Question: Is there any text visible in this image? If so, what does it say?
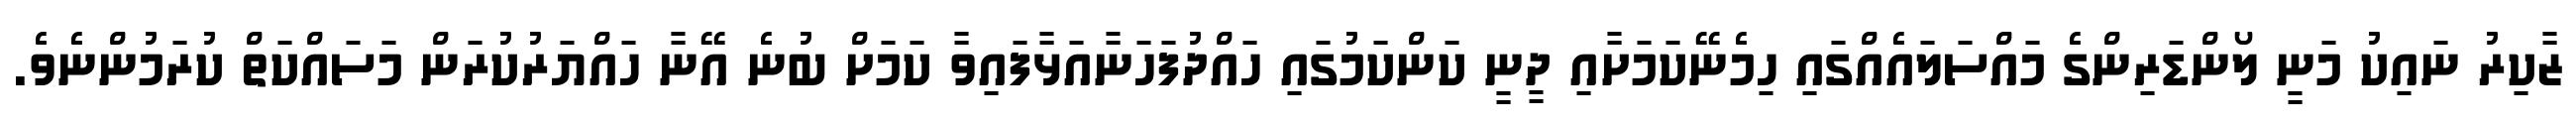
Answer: ޒާކިރު ނައިކު މަނީ ލޯންޑަރިންގެ މައްސަލައެއްގައި ހިމެނޭކަމަށާއި ދީނީ ކަންކަމުގައި ހައްދުފަހަނާއަޅާފައިވާ ކަމަށް ބުނެ އޭނާ ހައްޔަރުކުރަން މަސައްކަތް ކުރަމުންނެވެ.